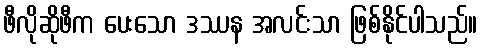
ဖီလိုဆိုဖီက ပေးသော ဒဿန အလင်းသာ ဖြစ်နိုင်ပါသည်။